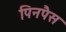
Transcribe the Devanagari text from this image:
पिनपैस